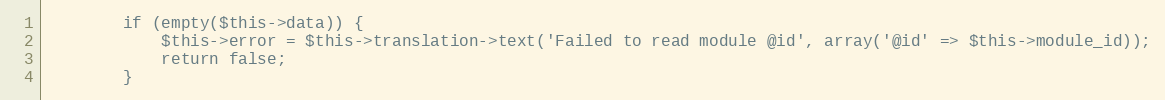
Language: PHP
        if (empty($this->data)) {
            $this->error = $this->translation->text('Failed to read module @id', array('@id' => $this->module_id));
            return false;
        }